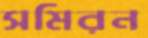
সমিরন